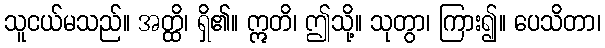
သူငယ်မသည်။ အတ္ထိ၊ ရှိ၏။ ဣတိ၊ ဤသို့။ သုတွာ၊ ကြား၍။ ပေသိတာ၊